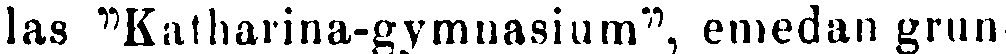
las "Katharina-gymnasium", emedan grun-